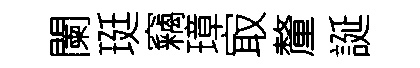
闌珽竊璋㝡釐誕